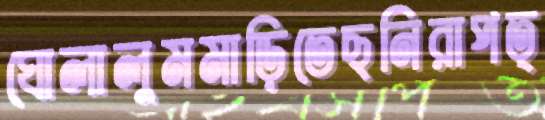
ঘোলালুমমাড়িতেছনিরাপত্